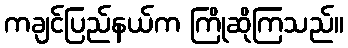
ကချင်ပြည်နယ်က ကြိုဆိုကြသည်။